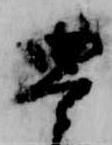
豊